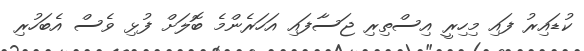
ކުޑައިރު ފައި މިހިރީ އިސްތިރި ޖަސާފައި އަހަރެންމެ ބޮލަށް ފުޅި ވެސް އެބަހުރި